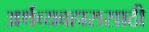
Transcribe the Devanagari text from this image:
अर्थव्यवहारासाठी